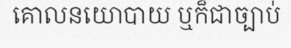
គោលនយោបាយ ឬក៏ជាច្បាប់